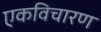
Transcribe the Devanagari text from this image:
एकविचारण